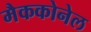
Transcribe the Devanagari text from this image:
मैककोनेल